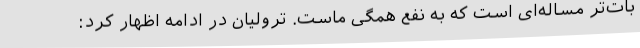
بات‌تر مساله‌ای است که به نفع همگی ماست. ترولیان در ادامه اظهار کرد: